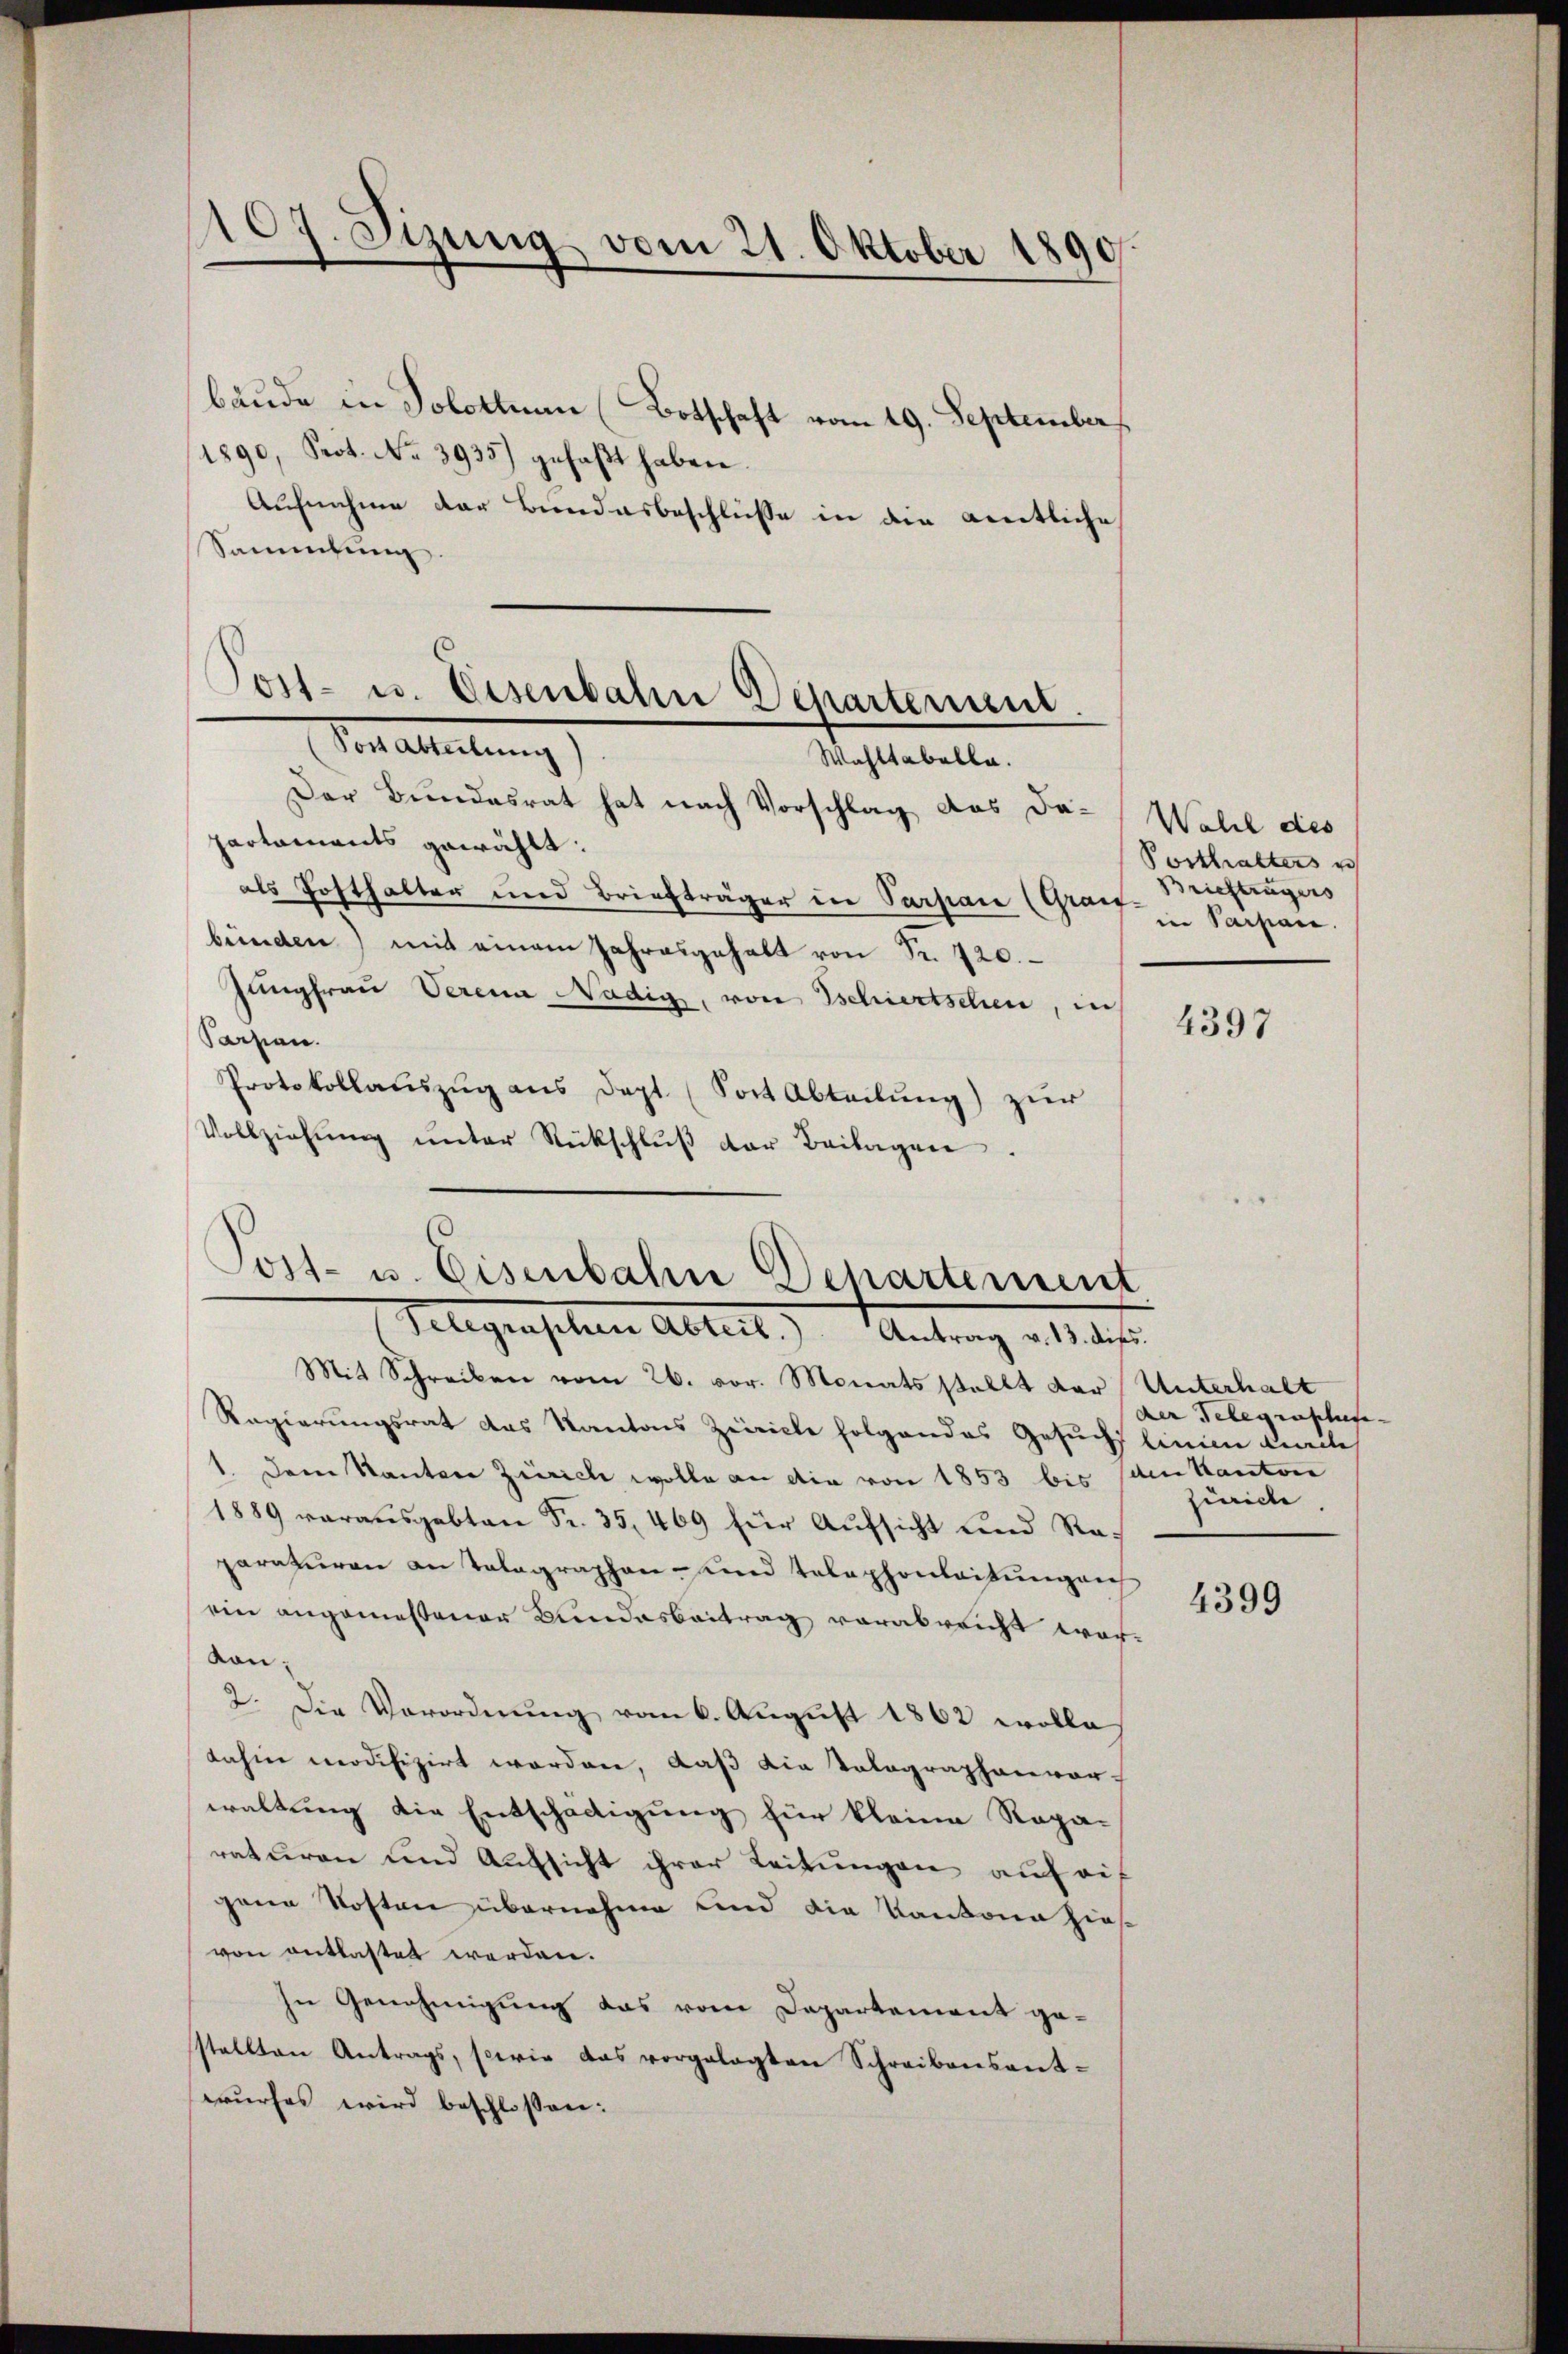
107. Sizung vom 21. Oktober 1890.

bäude in Solothurn (Botschaft vom 19. September
1890, Prot. No. 3935) gefaßt haben.
Aufnahme der Bundesbeschlüße in die amtliche
Sammlung.
Post- u. Eisenbahn Departement.

In allelung
Wahltabella.

Der Bundesrat hat nach Vorschlag das Ja-Wahl des
partaments gewählt:
als Posthalter und Briefträger in Parpan (Graif.
bünden) mit einem Jahresgehalt von Fr. 720.
Jungfrau Verena Nädig, von Tschiertschen, in
Parsian.
Protokollauszug aus Dept. (Sort Abteilung) zur
Vollziehŭng ŭnter Rückschlŭβ der Beilagen.
Mit Schreiben vom 26. vor. Monats stellt der Unterhalt
Regierungsrat das Kantons Zicricle folgendes Gesuchs linie kirche
1. Dem Kanton Zürich wolle an die von 1853 bis (den Kantone
1889 vorausgebten Fr. 35, 469 für Aufsicht und Raparaturen an Talagraphen- und Telephonleitungen
ein angemeßener Bundesbeitrag vorabreicht wor¬
Kan¬
2. Die Verordnung vom 6. August 1862 wolle
dahin modifizirt worden, daß die Volographenvor-
waltung die Entschädigung für kleine Reparaturen und Aufsicht ihrer Leitungen auf auf
gene Kosten übernehme Kind die Kantone hiesvon entlastet werden.
In Genehmigung das vom Departement ge-
stellten Antrags, sowie das vorgelegten Schreibensant-
wurfes wird beschlossen:

Post- u. Eisenbahn Departement
Telegenschen Abteit.) Antrag d. 1. ds.

Posthalters u
Briefträgers
in Parpan.

4397

der Telegraphen- |
Zürich.

4399